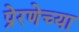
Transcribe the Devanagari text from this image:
प्रेरणेच्या